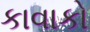
કાવાકો